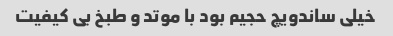
خیلی ساندویچ حجیم بود با موتد و طبخ بی کیفیت